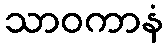
သာဝကာနံ